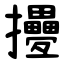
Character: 㩸